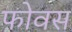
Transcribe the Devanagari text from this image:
फोवस